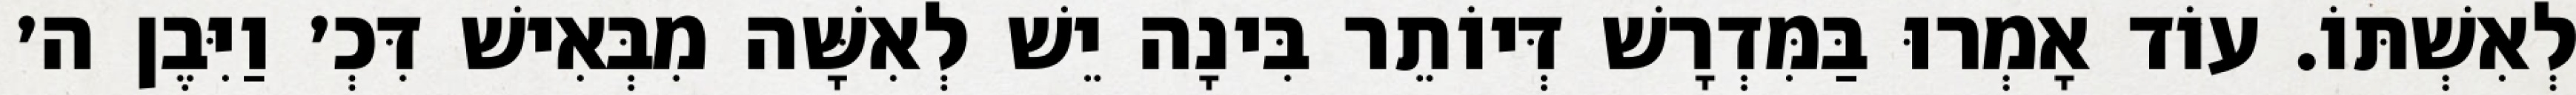
לְאִשְׁתּוֹ. עוֹד אָמְרוּ בַּמִּדְרָשׁ דְּיוֹתֵר בִּינָה יֵשׁ לְאִשָּׁה מִבְּאִישׁ דִּכְ׳ וַיִּבֶן ה׳